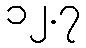
၁၂.၇